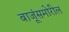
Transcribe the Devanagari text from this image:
बाजूंसमोरील